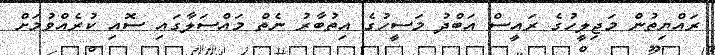
ރައްޔިތުން މަޖިލީހުގެ ރައީސް އަބްދު މަސީހުގެ އިތުބާރު ނެތް މައްސަލާގައި ސޮއި ކުރެއްވުމަށް